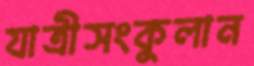
যাত্রীসংকুলান